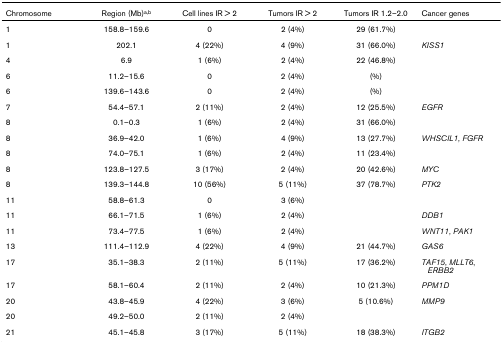
<table><thead><tr><td><b>Chromosome</b></td><td><b>Region (Mb)<sup>a,b</sup></b></td><td><b>Cell lines IR &gt; 2</b></td><td><b>Tumors IR &gt; 2</b></td><td><b>Tumors IR 1.2–2.0</b></td><td><b>Cancer genes</b></td></tr></thead><tbody><tr><td>1</td><td>158.8–159.6</td><td>0</td><td>2 (4%)</td><td>29 (61.7%)</td><td></td></tr><tr><td>1</td><td>202.1</td><td>4 (22%)</td><td>4 (9%)</td><td>31 (66.0%)</td><td><i>KISS1</i></td></tr><tr><td>4</td><td>6.9</td><td>1 (6%)</td><td>2 (4%)</td><td>22 (46.8%)</td><td></td></tr><tr><td>6</td><td>11.2–15.6</td><td>0</td><td>2 (4%)</td><td>(%)</td><td></td></tr><tr><td>6</td><td>139.6–143.6</td><td>0</td><td>2 (4%)</td><td>(%)</td><td></td></tr><tr><td>7</td><td>54.4–57.1</td><td>2 (11%)</td><td>2 (4%)</td><td>12 (25.5%)</td><td><i>EGFR</i></td></tr><tr><td>8</td><td>0.1–0.3</td><td>1 (6%)</td><td>2 (4%)</td><td>31 (66.0%)</td><td></td></tr><tr><td>8</td><td>36.9–42.0</td><td>1 (6%)</td><td>4 (9%)</td><td>13 (27.7%)</td><td><i>WHSCIL1</i>, <i>FGFR</i></td></tr><tr><td>8</td><td>74.0–75.1</td><td>1 (6%)</td><td>2 (4%)</td><td>11 (23.4%)</td><td></td></tr><tr><td>8</td><td>123.8–127.5</td><td>3 (17%)</td><td>2 (4%)</td><td>20 (42.6%)</td><td><i>MYC</i></td></tr><tr><td>8</td><td>139.3–144.8</td><td>10 (56%)</td><td>5 (11%)</td><td>37 (78.7%)</td><td><i>PTK2</i></td></tr><tr><td>11</td><td>58.8–61.3</td><td>0</td><td>3 (6%)</td><td></td><td></td></tr><tr><td>11</td><td>66.1–71.5</td><td>1 (6%)</td><td>2 (4%)</td><td></td><td><i>DDB1</i></td></tr><tr><td>11</td><td>73.4–77.5</td><td>1 (6%)</td><td>2 (4%)</td><td></td><td><i>WNT11</i>, <i>PAK1</i></td></tr><tr><td>13</td><td>111.4–112.9</td><td>4 (22%)</td><td>4 (9%)</td><td>21 (44.7%)</td><td><i>GAS6</i></td></tr><tr><td>17</td><td>35.1–38.3</td><td>2 (11%)</td><td>5 (11%)</td><td>17 (36.2%)</td><td><i>TAF15</i>, <i>MLLT6</i>, <i>ERBB2</i></td></tr><tr><td>17</td><td>58.1–60.4</td><td>2 (11%)</td><td>2 (4%)</td><td>10 (21.3%)</td><td><i>PPM1D</i></td></tr><tr><td>20</td><td>43.8–45.9</td><td>4 (22%)</td><td>3 (6%)</td><td>5 (10.6%)</td><td><i>MMP9</i></td></tr><tr><td>20</td><td>49.2–50.0</td><td>2 (11%)</td><td>2 (4%)</td><td></td><td></td></tr><tr><td>21</td><td>45.1–45.8</td><td>3 (17%)</td><td>5 (11%)</td><td>18 (38.3%)</td><td><i>ITGB2</i></td></tr></tbody></table>